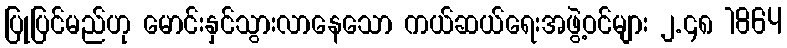
ပြုပြင်မည်ဟု မောင်းနှင်သွားလာနေသော ကယ်ဆယ်ရေးအဖွဲ့ဝင်များ ၂.၄၈ 1864